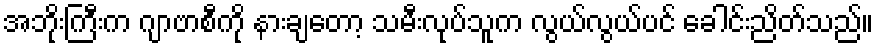
အဘိုးကြီးက ဂျာဗာစီကို နားချတော့ သမီးလုပ်သူက လွယ်လွယ်ပင် ခေါင်းညိတ်သည်။